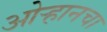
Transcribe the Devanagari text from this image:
ओऱ्हानचा